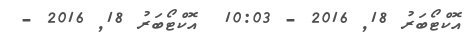
އޮކްޓޯބަރު 18